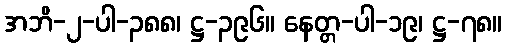
အဘိ-၂-ပါ-၃၈၈၊ ဋ္ဌ-၃၉၆။ နေတ္တ-ပါ-၁၉၊ ဋ္ဌ-၇၈။